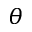
\theta